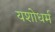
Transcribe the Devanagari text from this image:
यशोधर्म